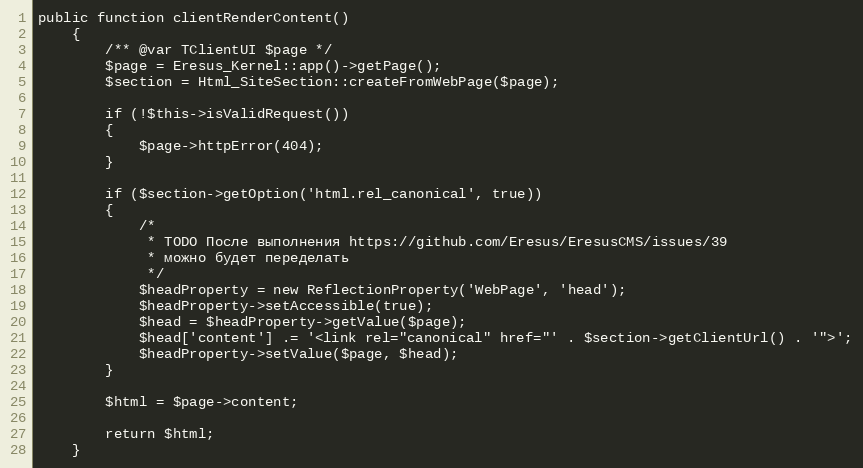
Language: PHP
public function clientRenderContent()
    {
        /** @var TClientUI $page */
        $page = Eresus_Kernel::app()->getPage();
        $section = Html_SiteSection::createFromWebPage($page);

        if (!$this->isValidRequest())
        {
            $page->httpError(404);
        }

        if ($section->getOption('html.rel_canonical', true))
        {
            /*
             * TODO После выполнения https://github.com/Eresus/EresusCMS/issues/39
             * можно будет переделать
             */
            $headProperty = new ReflectionProperty('WebPage', 'head');
            $headProperty->setAccessible(true);
            $head = $headProperty->getValue($page);
            $head['content'] .= '<link rel="canonical" href="' . $section->getClientUrl() . '">';
            $headProperty->setValue($page, $head);
        }

        $html = $page->content;

        return $html;
    }